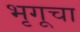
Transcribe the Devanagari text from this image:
भृगूचा